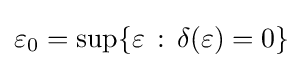
\varepsilon _{0}=\sup\{\varepsilon \,:\,\delta (\varepsilon )=0\}